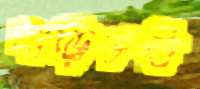
বাড়িভর্তি